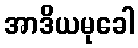
အာဒိယမုခေါ